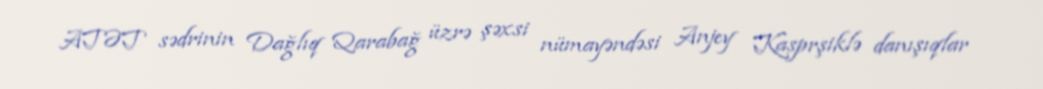
ATƏT sədrinin Dağlıq Qarabağ üzrə şəxsi nümayəndəsi Anjey Kasprşiklə danışıqlar